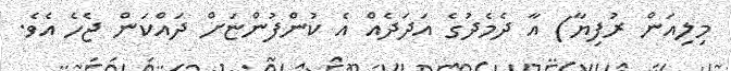
މިލިއަން ރުފިޔާ) އާ ދެމެދުގެ އަދަދެއް އެ ކުންފުންޏަށް ދައްކަން ޖެހެ އެވެ.